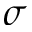
\sigma